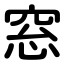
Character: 窓